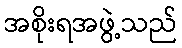
အစိုးရအဖွဲ့သည်